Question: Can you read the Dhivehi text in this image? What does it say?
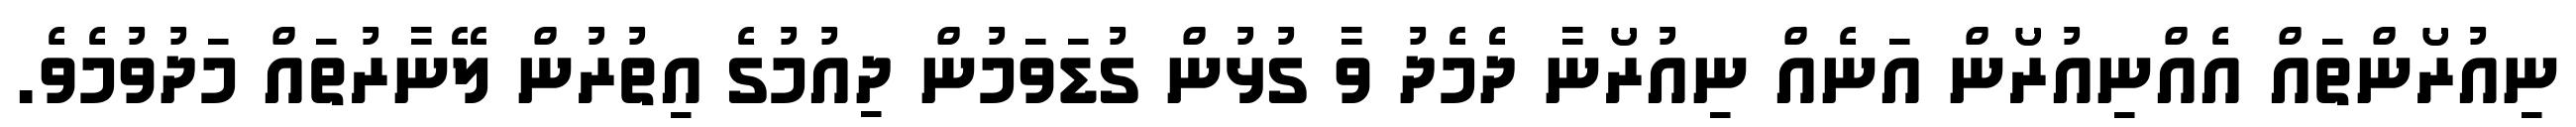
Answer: ނިއުރޯންތައް އެއްނިއުރޯން އަނެއް ނިއުރޯނާ ދެމެދު ވާ ގުޅުން ގުޑަވަމުން ދިއުމުގެ އިތުރުން ލޭނާރުތައް މަދުވުމެވެ.